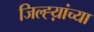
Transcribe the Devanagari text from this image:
जिल्ह्य़ांच्या